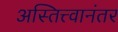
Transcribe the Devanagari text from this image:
अस्तित्त्वानंतर